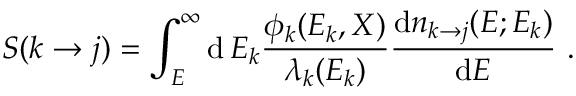
S ( k \rightarrow j ) = \int _ { E } ^ { \infty } \mathrm { d } \, E _ { k } { \frac { \phi _ { k } ( E _ { k } , X ) } { \lambda _ { k } ( E _ { k } ) } } { \frac { \mathrm { d } n _ { k \rightarrow j } ( E ; E _ { k } ) } { \mathrm { d } E } } \ .